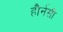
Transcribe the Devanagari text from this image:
हौर्नसी